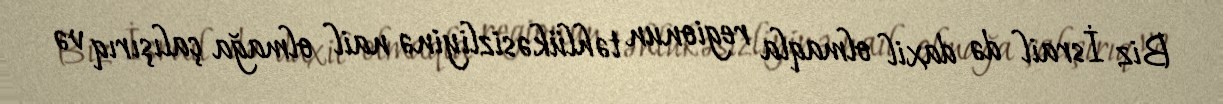
Biz İsrail də daxil olmaqla regionun təhlükəsizliyinə nail olmağa çalışırıq və